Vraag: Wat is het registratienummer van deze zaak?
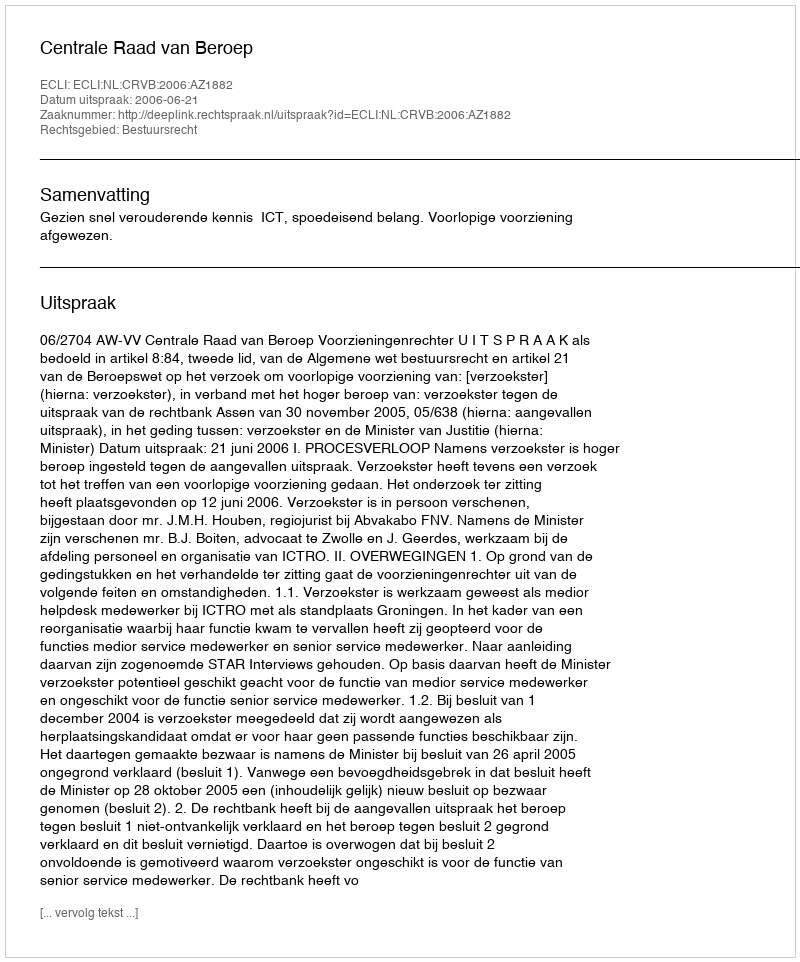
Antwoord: http://deeplink.rechtspraak.nl/uitspraak?id=ECLI:NL:CRVB:2006:AZ1882